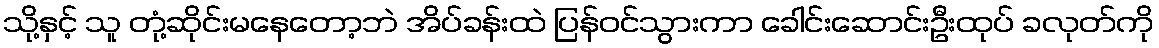
သို့နှင့် သူ တုံ့ဆိုင်းမနေတော့ဘဲ အိပ်ခန်းထဲ ပြန်ဝင်သွားကာ ခေါင်းဆောင်းဦးထုပ် ခလုတ်ကို